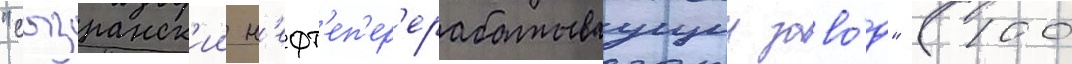
"сызранск'ии н'ефт'еп'ер'ерабатываущии заво́д" (100